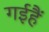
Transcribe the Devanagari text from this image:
गईहैं